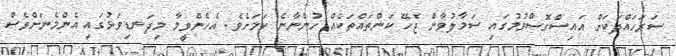
ސަރަހައްދަކަށް އައިސްގޮސްވުމުގައި ސަމާލުވާން ޖެހޭ ކަންތައްތަކެއް ހުންނާނެ ކަމަށެވެ. އެހެންވީމާ މިދަނޑިވަޅުގައި އެންމެނަށްވެސް